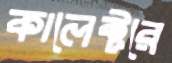
কালেক্টরে